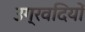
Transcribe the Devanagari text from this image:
उग्रवदियों